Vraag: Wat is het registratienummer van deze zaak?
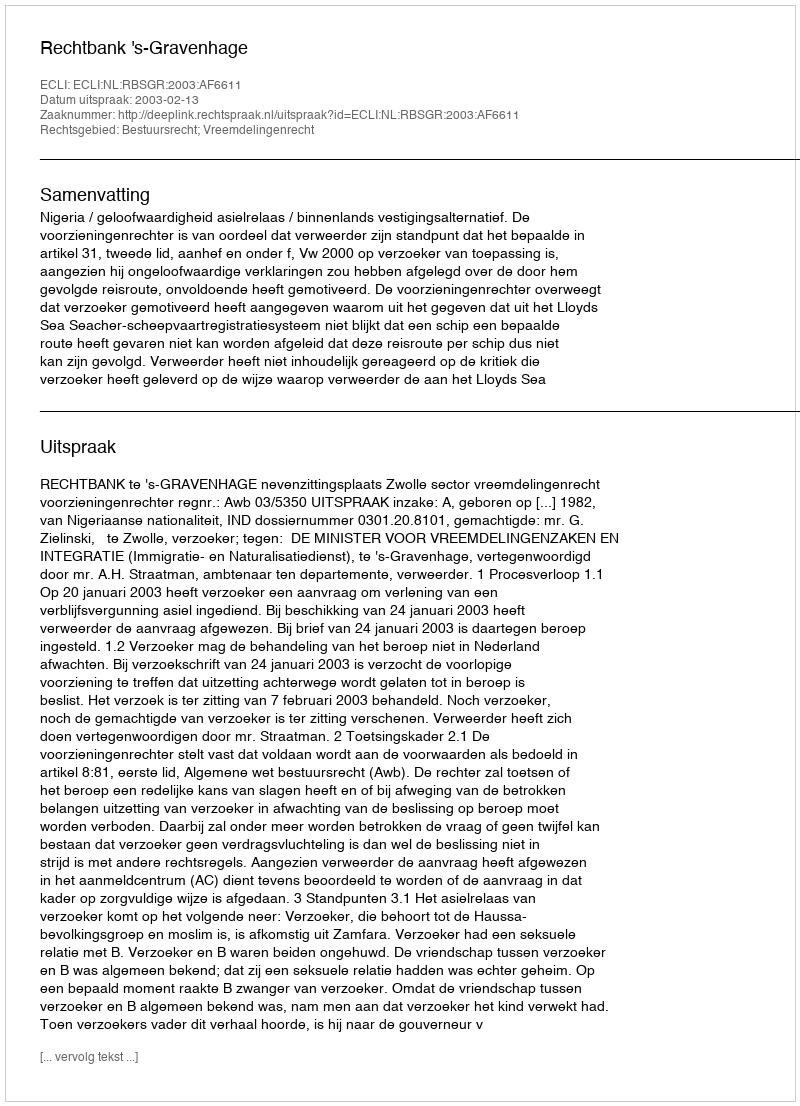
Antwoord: http://deeplink.rechtspraak.nl/uitspraak?id=ECLI:NL:RBSGR:2003:AF6611